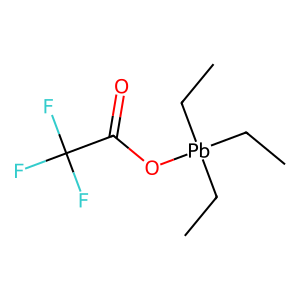
SMILES: CC[Pb](CC)(CC)OC(=O)C(F)(F)F
Inhibits HIV replication: No